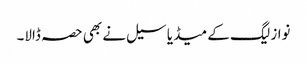
نواز لیگ کے میڈیا سیل نے بھی حصہ ڈالا۔